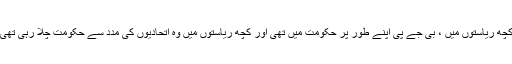
کچھ ریاستوں میں ، بی جے پی اپنے طور پر حکومت میں تھی اور کچھ ریاستوں میں وہ اتحادیوں کی مدد سے حکومت چلا رہی تھی۔